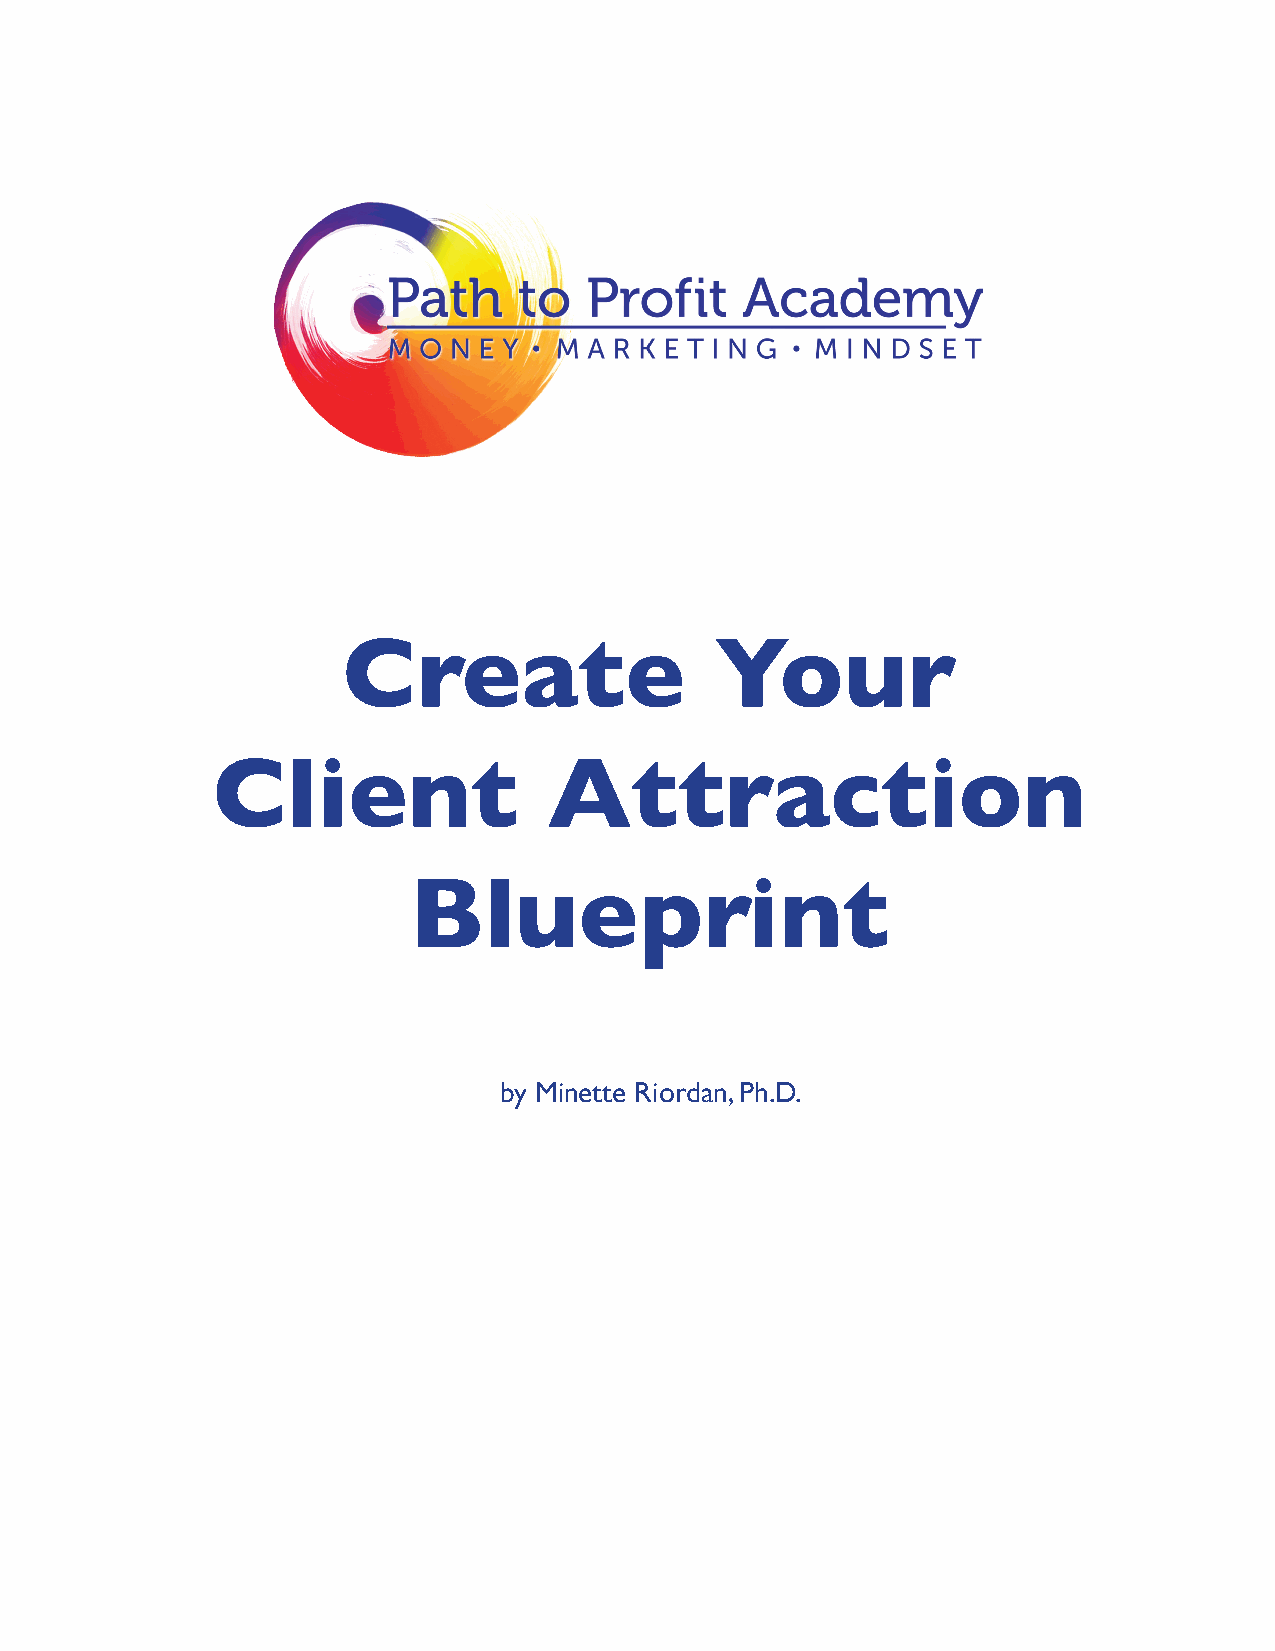
Create                  Your
 Client                Attraction
 Blueprint
 by Minette Riordan, Ph.D.